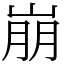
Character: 崩